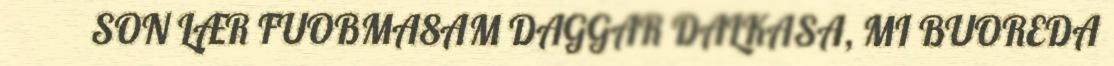
SON LÆR FUOBMA8AM DAGGAR DALKASA, MI BUOREDA